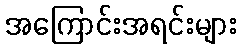
အကြောင်းအရင်းများ